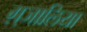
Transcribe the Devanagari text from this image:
ग़्जालिया